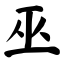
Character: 巫